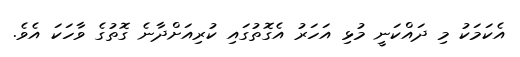
އެކަމަކު މި ދައްކަނީ މުޅި އަހަރު އެގޮތުގައި ކުރިއަށްދާނެ ގޮތުގެ ވާހަކަ އެވެ.